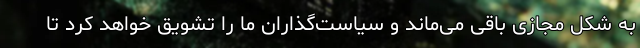
به شکل مجازی باقی می‌ماند و سیاست‌گذاران ما را تشویق خواهد کرد تا